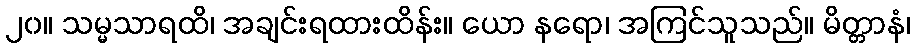
၂၀။ သမ္မသာရထိ၊ အချင်းရထားထိန်း။ ယော နရော၊ အကြင်သူသည်။ မိတ္တာနံ၊